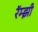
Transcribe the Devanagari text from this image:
रॅम्झी